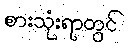
စားသုံးရာတွင်